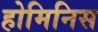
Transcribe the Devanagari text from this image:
होमिनिस